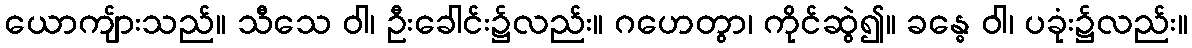
ယောကျ်ားသည်။ သီသေ ဝါ၊ ဦးခေါင်း၌လည်း။ ဂဟေတွာ၊ ကိုင်ဆွဲ၍။ ခန္ဓေ ဝါ၊ ပခုံး၌လည်း။